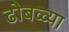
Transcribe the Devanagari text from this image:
ढोबळ्या